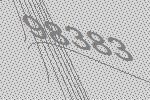
98383